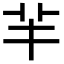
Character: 𦍋